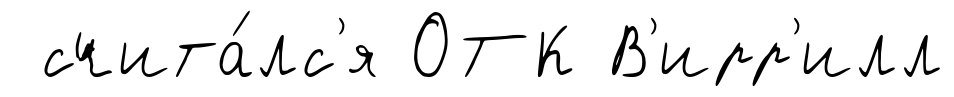
счита́лс'я ОТК В'ирр'илл